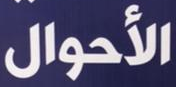
الأحوال